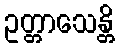
ဥတ္တာသေန္တိ